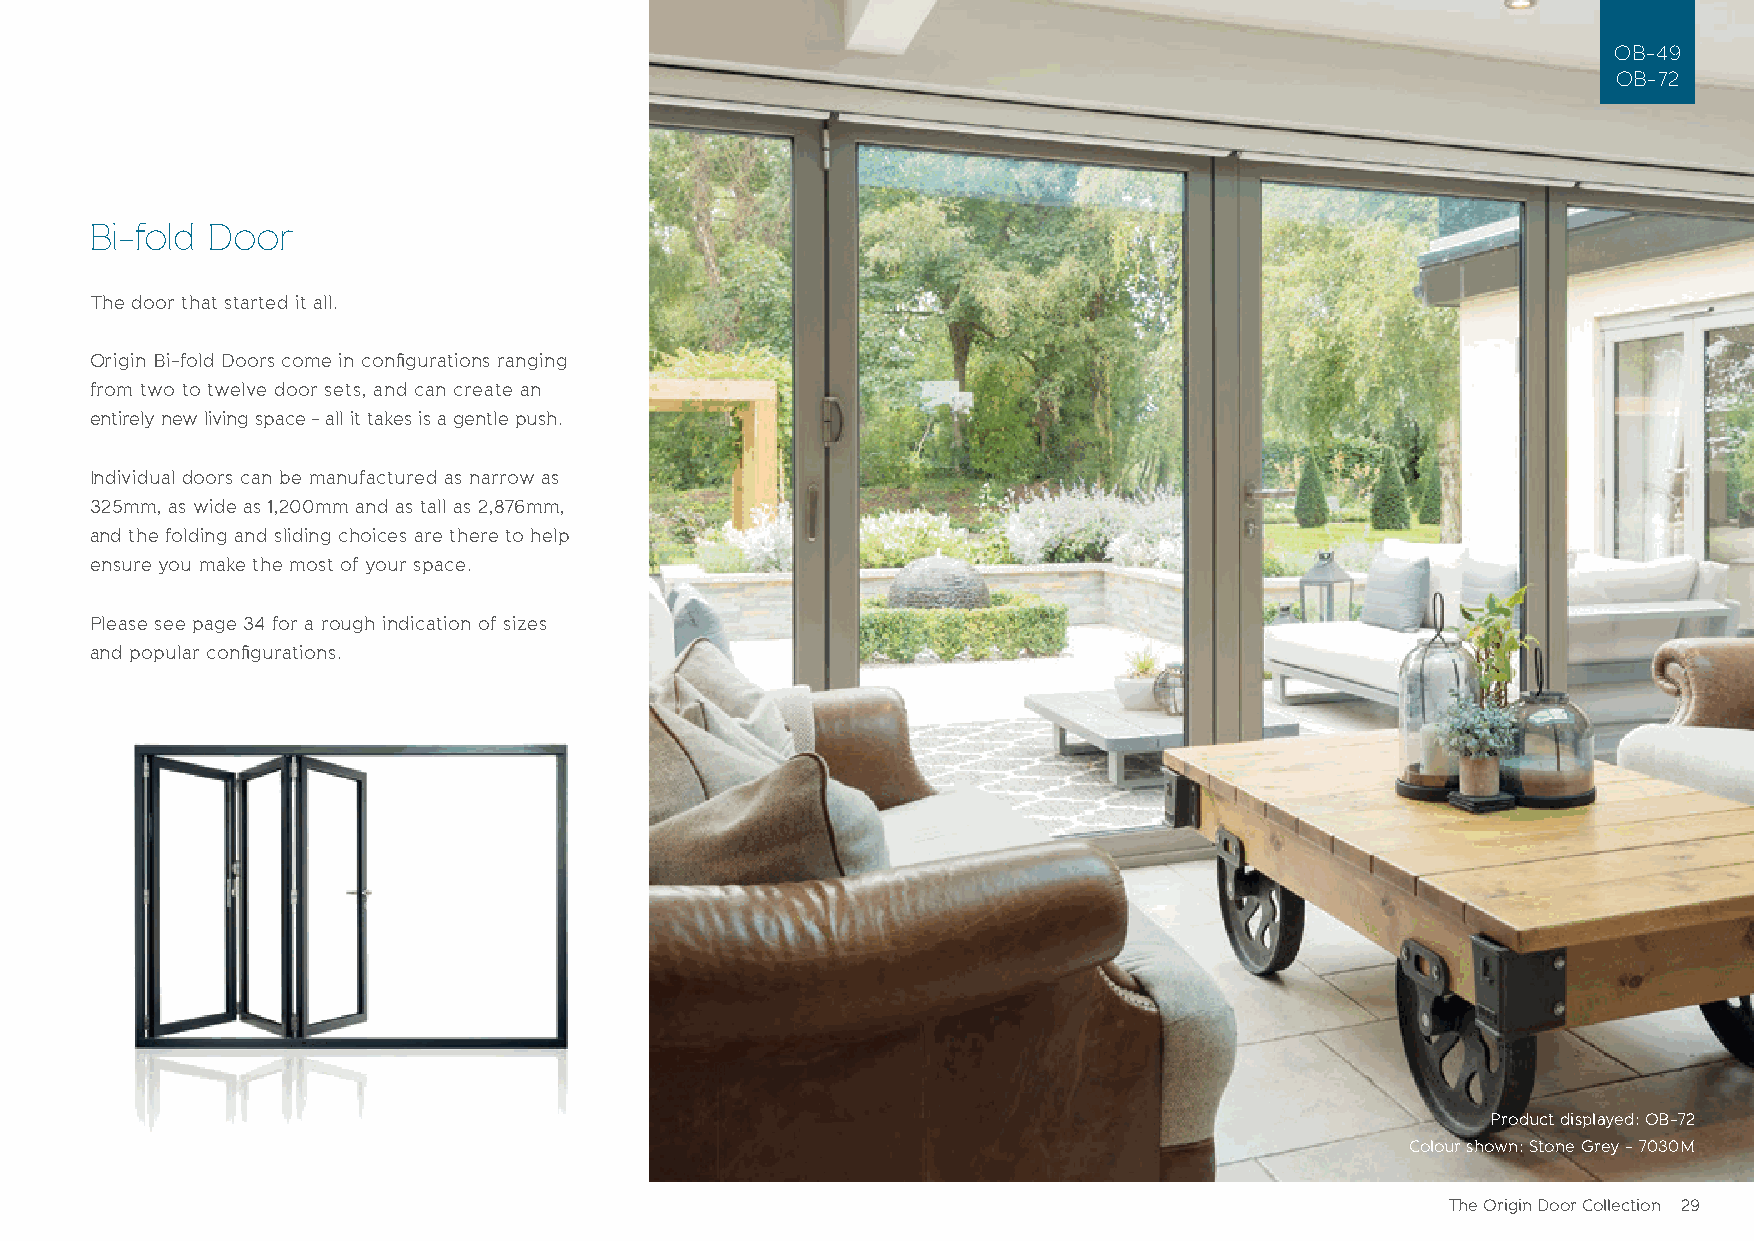
OB-49
 OB-72
 Bi-fold Door
 The door that started it all.
 Origin Bi-fold Doors come in configurations ranging
 from two to twelve door sets, and can create an
 entirely new living space - all it takes is a gentle push.
 Individual doors can be manufactured as narrow as
 325mm, as wide as 1,200mm and as tall as 2,876mm,
 and the folding and sliding choices are there to help
 ensure you make the most of your space.
 Please see page 34 for a rough indication of sizes
 and popular configurations.
 Product displayed: OB-72
 Colour shown: Stone Grey - 7030M
 The Origin Door Collection 29